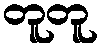
တူတူ